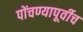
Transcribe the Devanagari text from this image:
पोंचण्यापूर्वीच